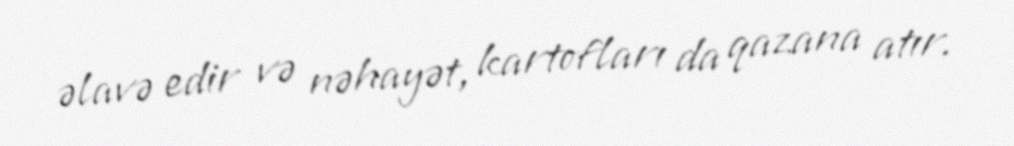
əlavə edir və nəhayət, kartofları da qazana atır.